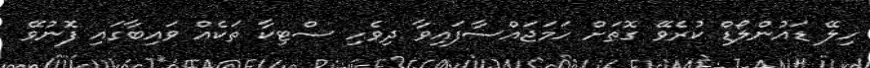
ހިލޭ ޑައުންލޯޑް ކުރެވޭ ގޮތަށް ހަމަޖައްސާފައިވާ ދިވެހި ސްޓިކާ ތަކެއް ވައިބާގައި ފޮނުވޭ